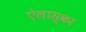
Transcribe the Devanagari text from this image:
ऐलास्का